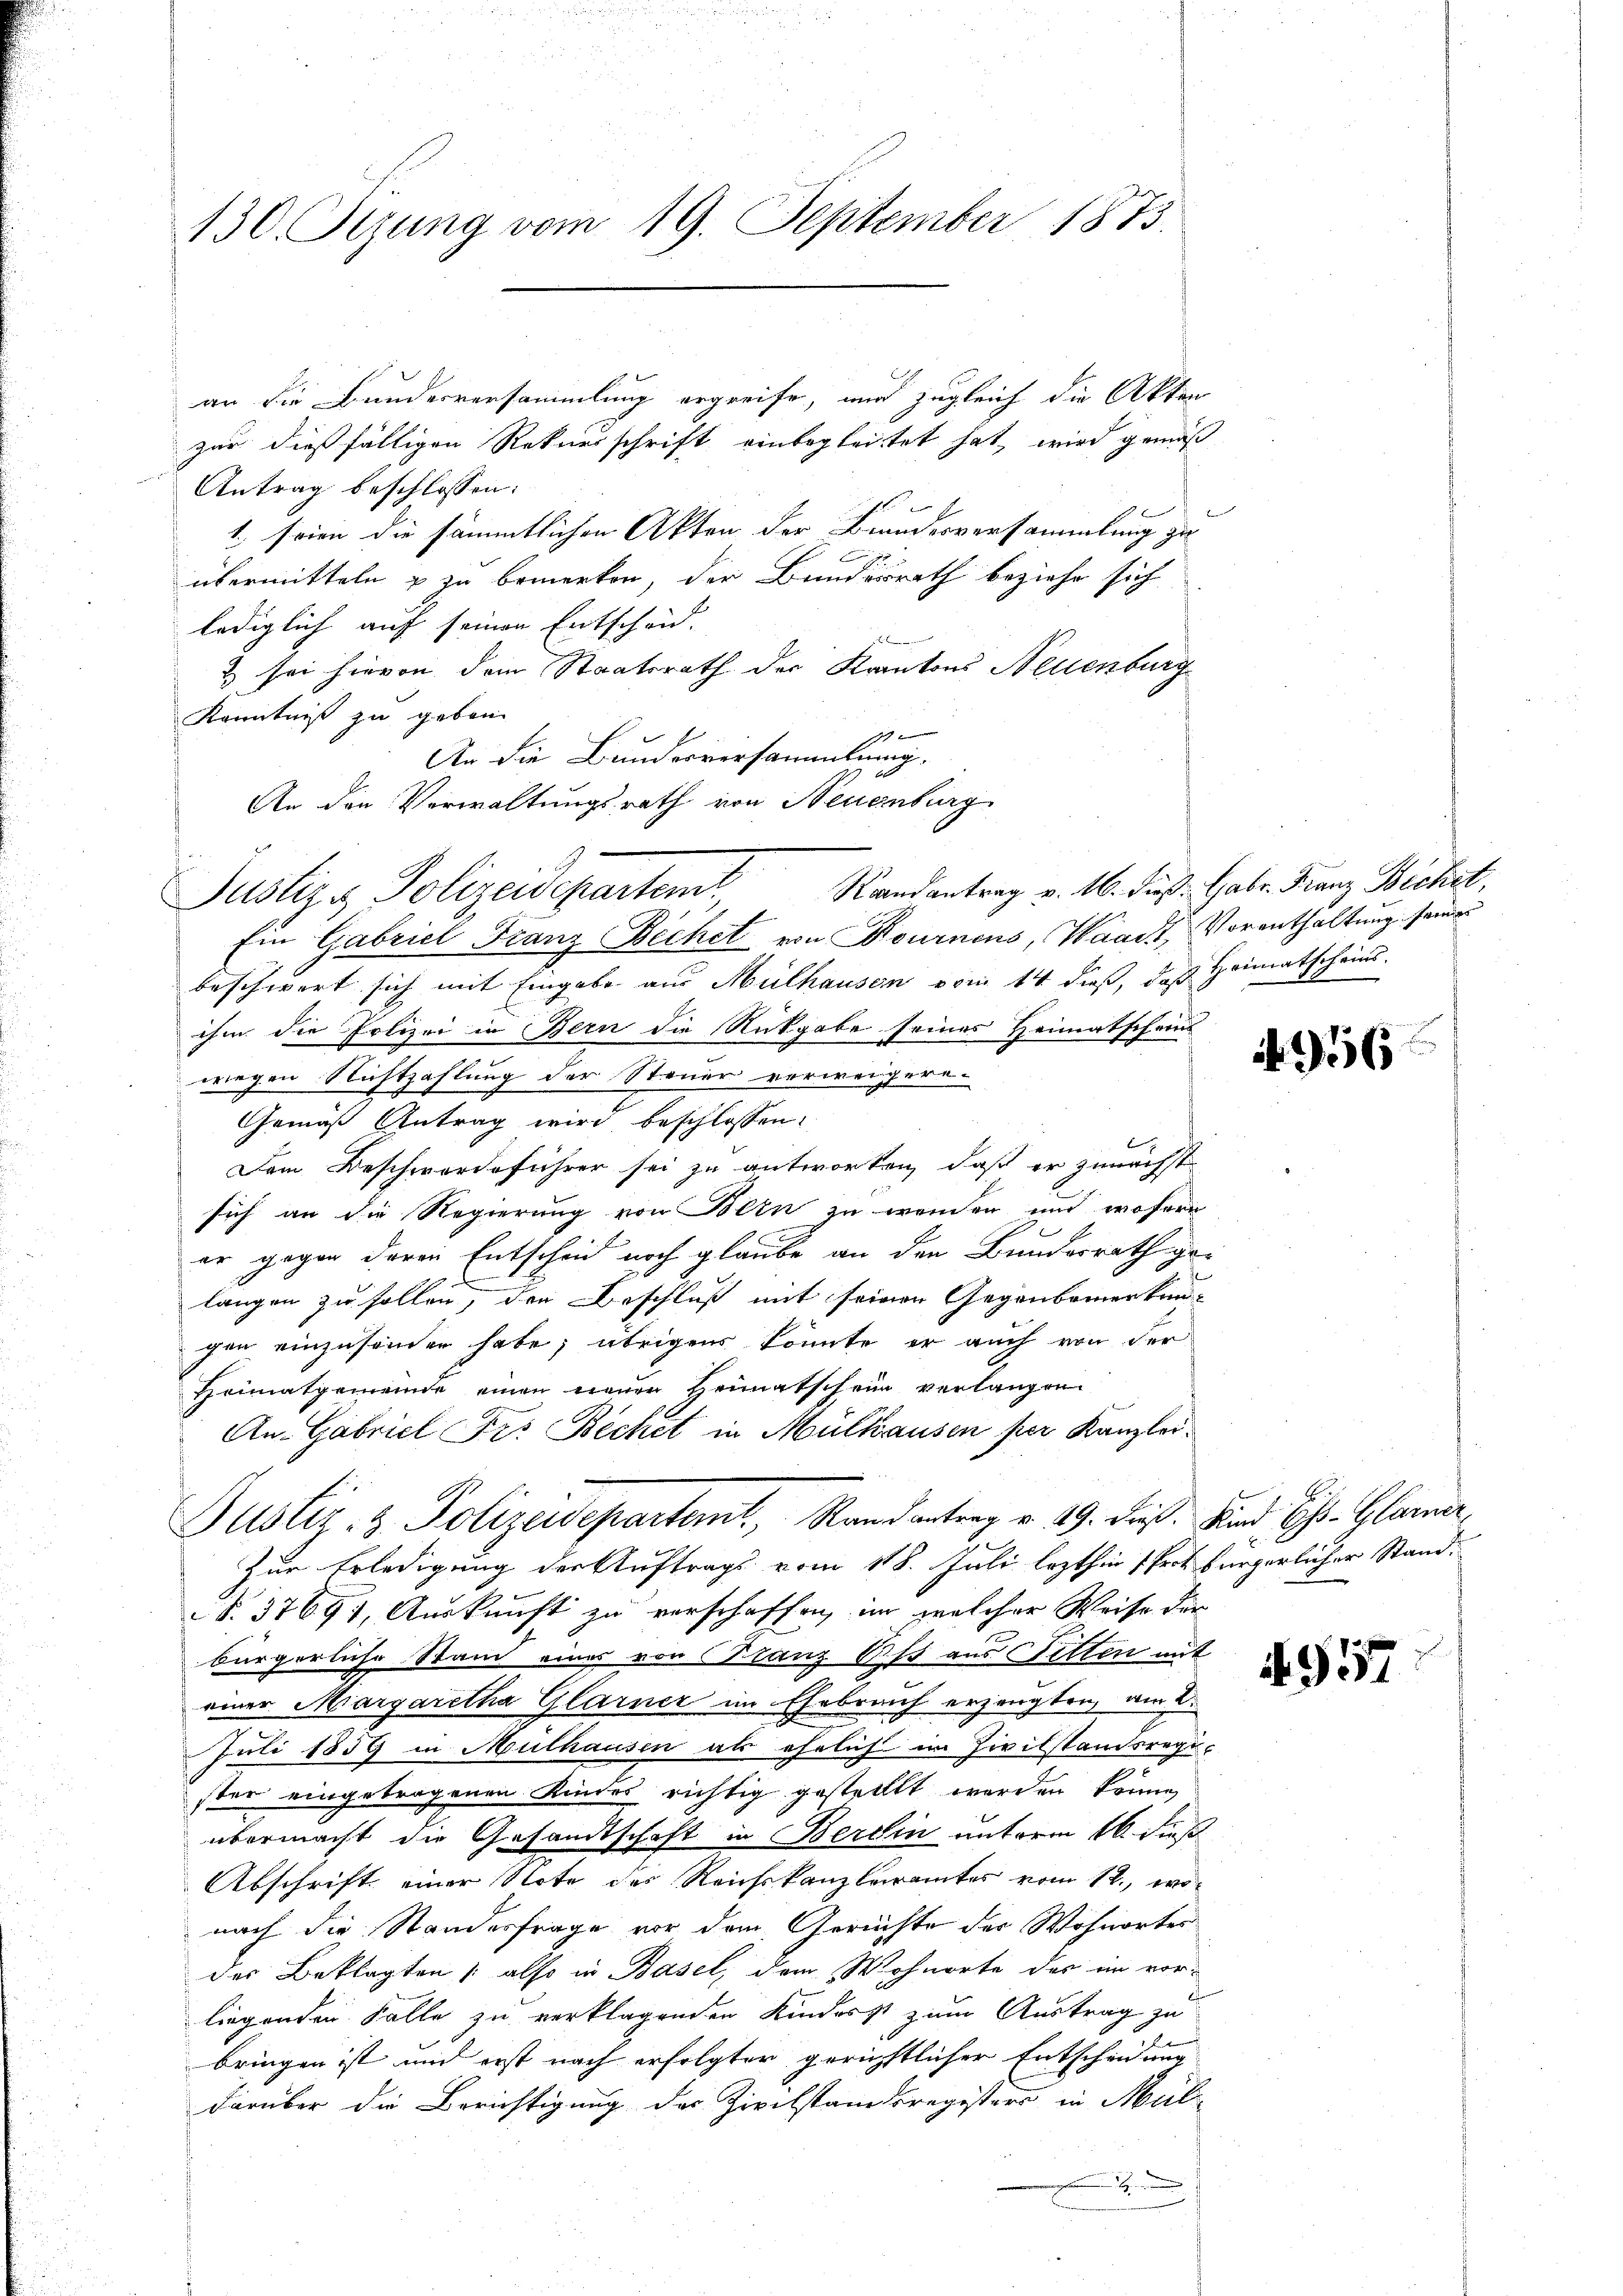
130. Szung vom 19. September 1873.

An den Verwaltungsrath von Neuenburg
Justiz- Polizeidepartem

an die Bunderversammlung ergreife, und zugleich die Akten
zur dießfälligen Rekursschrift einbegleitet hat, wird gemäß
Antrag beschlossen:
1. seien die sämmtlichen Akten der Bundesversammlung zu
übermitteln & zu bemerken, der Bundesrath beziehe sich
lediglich auf seinen Entscheid.
& sei hievon dem Staatsrath der Kantons Neuenburg
Kenntniß zu geben.

An die Bundesversammlung.
Ein Gabriel Franz Bichet von Kournens, Waadt, Vorenthaltung seiner
beschwert sich mit Eingabe aus Mülhausen vom 14 dieß, daß Heimatscheins.
ihm die Polizei in Bern die Rückgabe seines Heimatscheins
wegen Richtzahlung der Steuer vorweigere.
Gemäß Antrag wird beschlossen:
Dem Beschwerdeführer sei zu antworten, daß er zunächst
sich an die Regierung von Bern zu wenden und wofern
er gegen deren Entscheid noch glaube an den Bundesrath ge-
langen zu sollen, den Beschluß mit seinen Gegenbemerkun-
gen einzusenden habe; übrigens könnte er auch von der
Heimatgemeinde einen neuen Heimatschein verlangen
An- Gabriel Frs. Bechet in Mülhausen per Kanzlei¬
Justiz- & Polizeidepartemt, Randantrag v. 19. dieß. Und Hs. Glarner,
Zur Erledigung der Auftrags vom 118. Juli lezthin (Prot bürgerlicher Stand¬
S. 37691, Auskunft zu verschaffen, im welcher Weise der
bürgerliche Stand eines von Franz bis aus Fetten mit
einer Margaretha Glarner im Ehebreich erzeugten, wie 2.
Juli 1859 in Mulhausen als ehelich im Zivilstandsregi-
ster eingetragenen Kindes richtig gestellt werden könne,
übermacht die Gesandtschaft in Berdin unterm 16. dieß
Abschrift einer Note des Reichskanzleramtes vom 12., wonach die Standesfrage vor dem Gerichte des Wohnortes
der Beklagten (also in Basel, dem Wohnorte das im vor-
liegenden Falle zu verklagenden Kinderst zum Austrag zu
bringen ist und erst nach erfolgter gerichtlicher Entscheidung
darüber die Berichtigung des Zivilstandsregisters in Mül¬

Be

Randantrag v. 16. dieß: Gabr. Franz Bichet,

956

9157